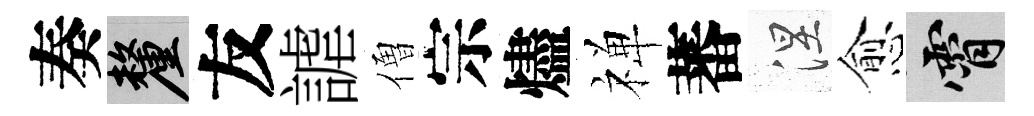
奏厘友謔僧宗燼禅蕃涅愈霄